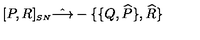
[ P , R ] _ { \scriptscriptstyle S N } \hat { \longrightarrow } - \{ \{ Q , \widehat { P } \} , \widehat { R } \}